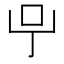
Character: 𠯃